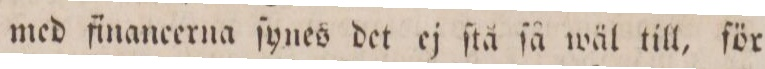
med financerna ſynes det ej ſtå ſå wäl till, för